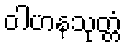
ဝါဟနသုတ္တံ